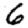
Digit: 6